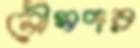
নৌসদর